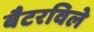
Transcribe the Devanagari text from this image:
बैटरविले